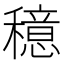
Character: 𫁈